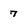
Character: 7